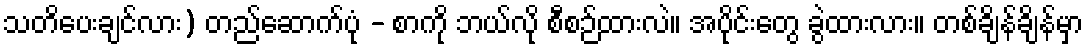
သတိပေးချင်လား) တည်ဆောက်ပုံ - စာကို ဘယ်လို စီစဉ်ထားလဲ။ အပိုင်းတွေ ခွဲထားလား။ တစ်ချိန်ချိန်မှာ